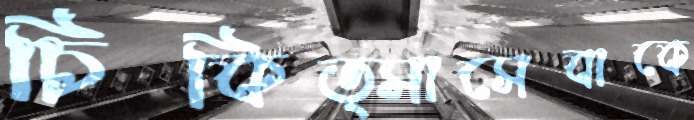
চিকিত্সাসেবাকে